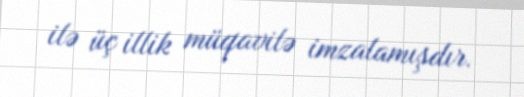
ilə üç illik müqavilə imzalamışdır.